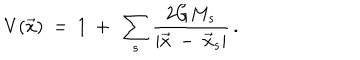
LaTeX: V ( \vec { x } ) \ = \ 1 \ + \ \sum _ { s } \frac { 2 G M _ { s } } { | \vec { x } \ - \ \vec { x } _ { s } | } \, .